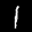
Label: 1